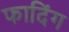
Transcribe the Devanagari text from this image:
फादिंग